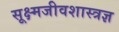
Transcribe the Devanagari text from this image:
सूक्ष्मजीवशास्त्रज्ञ